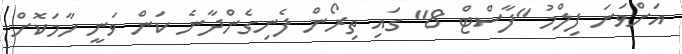
އަށްވަނަ ފިލްމު "ފާސްޓް 8" ގައި ތިރޯން ފެނިގެންދާނެ ކަން ވަނީ ހާމަކޮށް